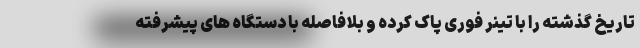
تاریخ گذشته را با تینر فوری پاک کرده و بلافاصله با دستگاه های پیشرفته